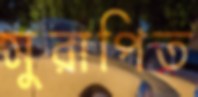
সুরাপিত